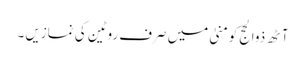
آٹھ ذوالحج کومنیٰ میں صرف روٹین کی نمازیں ۔